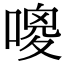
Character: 𠻦